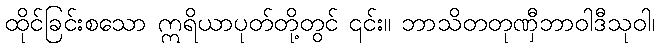
ထိုင်ခြင်းစသော ဣရိယာပုတ်တို့တွင် ၎င်း။ ဘာသိတတုဏှီဘာဝါဒီသုဝါ၊